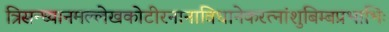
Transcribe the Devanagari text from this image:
त्रिसन्ध्यानमल्लेखकोटीरनानाविधानेकरत्नांशुबिम्बप्रभाभिः